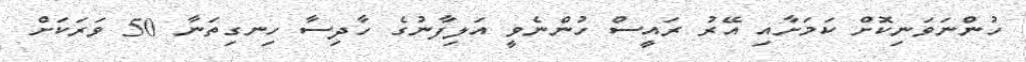
ހުންނަވަނިކޮށް ކަމަށާއި އޭރު ރައީސް ހުންނެވީ އަލިފާނުގެ ހާދިސާ ހިނގިތަނާ 50 ވަރަކަށް